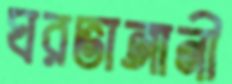
ঘরভাঙ্গানী